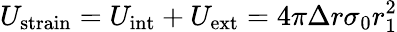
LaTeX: U_{\mathrm{strain}}=U_{\mathrm{int}}+U_{\mathrm{ext}}=4\pi\Delta r\sigma_{0}r_{1}^{2}